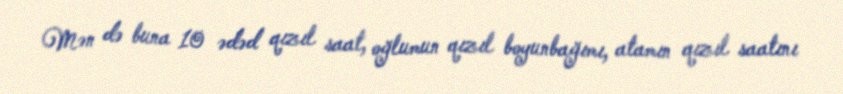
Mən də buna 10 ədəd qızıl saat, oğlumun qızıl boyunbağımı, atamın qızıl saatını